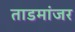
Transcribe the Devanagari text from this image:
ताडमांजर